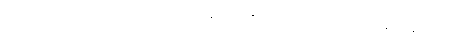
ဤသို့သော စကားကို။ အဝေါစုံ၊ ဆိုကုန်၏။ (ကိံ အဝေါစုံ၊ အဘယ်သို့ ဆိုကုန်သနည်း။)